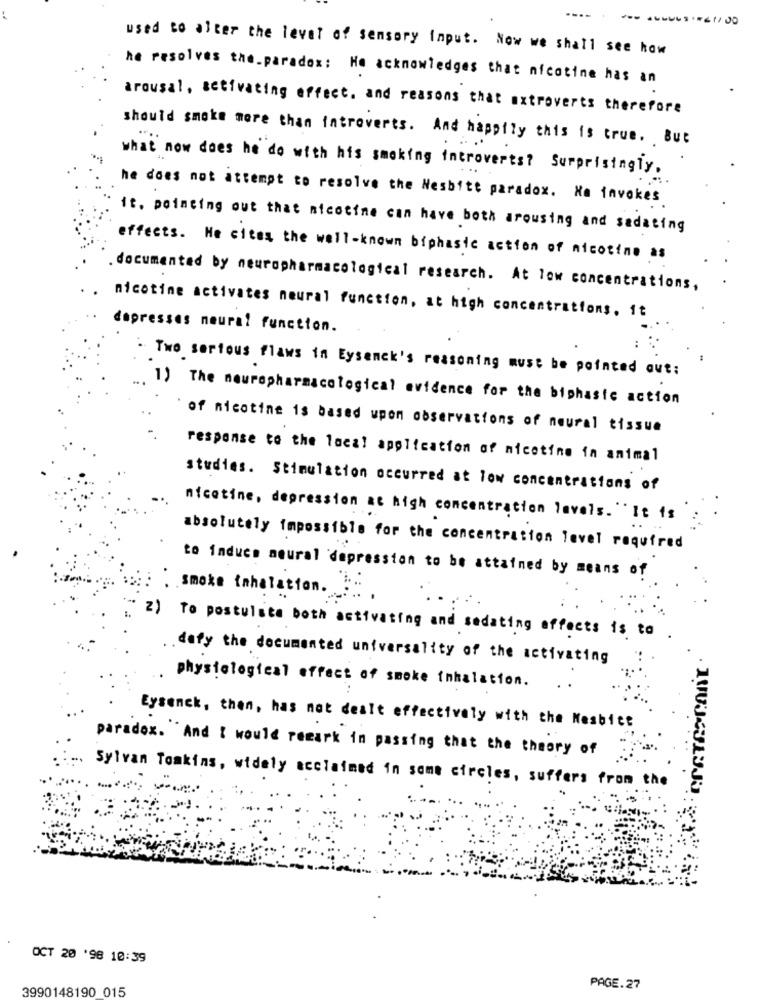
----
-. .
100
used to alter the level of sensory Input. Now we shall see how
he resolves the_paradox: He acknowledges that nicotine has an
arousal, activating effect, and reasons that extroverts therefore
should smoke more than introverts. And happily this is true, But
what now does he do with his smoking introverts? Surprisingly.
he does not attempt to resolve the Nesbitt paradox. Ha invokes
it. pointing out that nicotine can have both arousing and sadating
effects. He cites the well-known biphasic action of nicotine as
. documented by neuropharmacological research. At low concentrations,
nicotine activates neural function, at high concentrations. it
depresses neural function.
Two sertous flaws in Eysenck's reasoning must be pointed out:
1) The newrepharmacological evidence for the biphasic action
of nicotine is based upon observations of neural tissue
response to the local application of nicotine in animal
studies. Stimulation occurred at low concentrations of
nicotine, depression at high concentration lavals. "It is
absolutely impossible for the concentration level required
to induce meural depression to be attafned by means of
smoke inhalation.
2) To postulate both activating and sedating affects is to
dafy the documented universality of the activating
physiological effect of smoke inhalation.
Eysenck, then, has not dealt effectively with the Nesbice
paradox. And I would remark in passing that the theory of
Sylvan Tomkins, widely acclaimed in some circles, suffers from the
OCT 20 '98 10:39
3990148190 015
PAGE.27